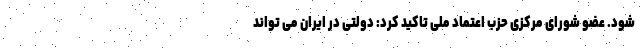
شود. عضو شورای مرکزی حزب اعتماد ملی تاکید کرد: دولتی در ایران می تواند